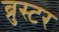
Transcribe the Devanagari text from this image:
ब्रुस्टर